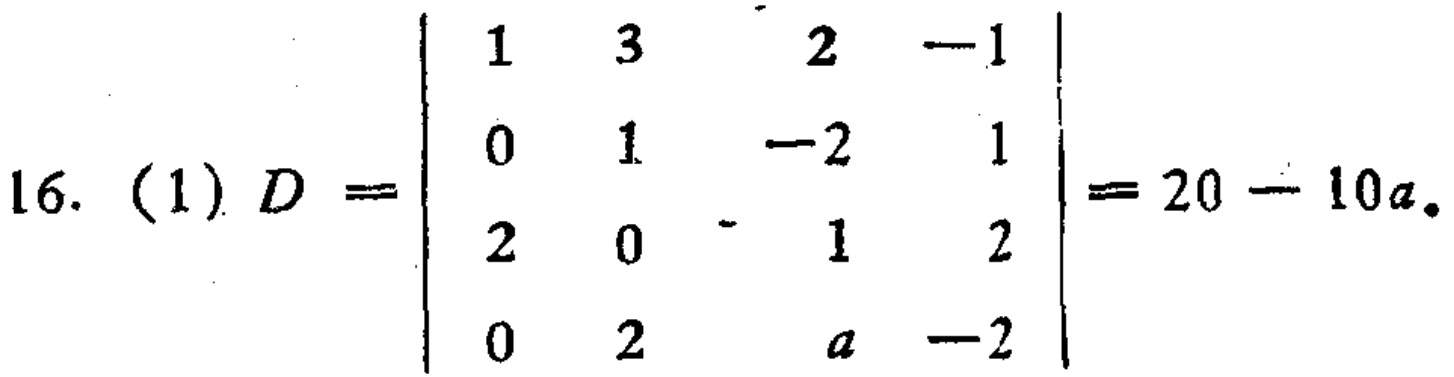
16. (1) \(D = \begin{vmatrix}
1 & 3 & 2 & -1 \\
0 & 1 & -2 & 1 \\
2 & 0 & 1 & 2 \\
0 & 2 & a & -2
\end{vmatrix}=20 - 10a\)